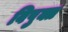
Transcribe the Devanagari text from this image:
विषुक्त